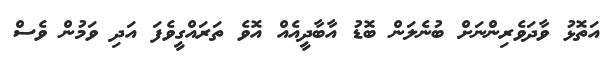
އަތޮޅު ވާދަވެރިންނަށް ބުނެލަން ބޮޑު އާބާދީއެއް އޮވެ ތަރައްގީވެފަ އަދި ވަމުން ވެސް